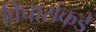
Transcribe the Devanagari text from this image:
विचारांकडे